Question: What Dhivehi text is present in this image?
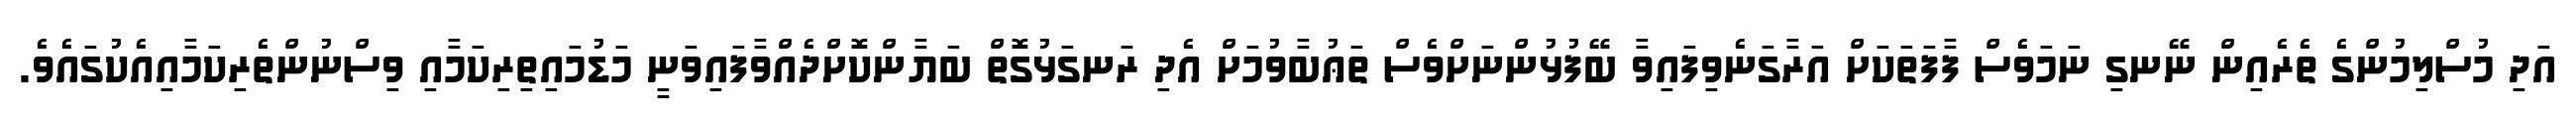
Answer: އަދި މުސްލިމުންގެ ތެރެއިން ނޭނގި ނަމަވެސް ފާފަތަކަށް އަރާގަނެވިފައިވާ ބޭފުޅުންނަށްވެސް ތަޢުބާވުމަށް އެދި ރަނގަޅުގޮތް ބަޔާންކޮށްދެއްވާފައިވަނީ މަޑުމައިތިރިކަމާއި ވިސްނުންތެރިކަމާއިއެކުގައެވެ.